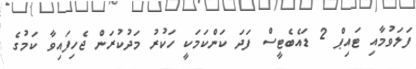
ފަލަވުމާއި ޓައިޕް 2 ޑައެބެޓީސް ފަދަ ކަންކަމަކީ ހަކުރު މަދުކުރަން ޖެހިފައިވާ ކަމުގެ